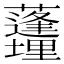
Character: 𱿊